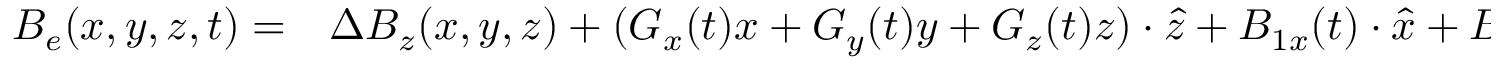
\begin{array} { r l } { B _ { e } ( x , y , z , t ) = } & { { } \Delta B _ { z } ( x , y , z ) + ( G _ { x } ( t ) x + G _ { y } ( t ) y + G _ { z } ( t ) z ) \cdot \hat { z } + B _ { 1 x } ( t ) \cdot \hat { x } + B _ { 1 y } ( t ) \cdot \hat { y } } \end{array}